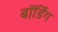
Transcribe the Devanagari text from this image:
बॉर्डिंग